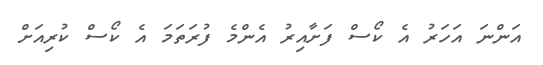
އަންނަ އަހަރު އެ ކޯސް ފަށާއިރު އެންމެ ފުރަތަމަ އެ ކޯސް ކުރިއަށް